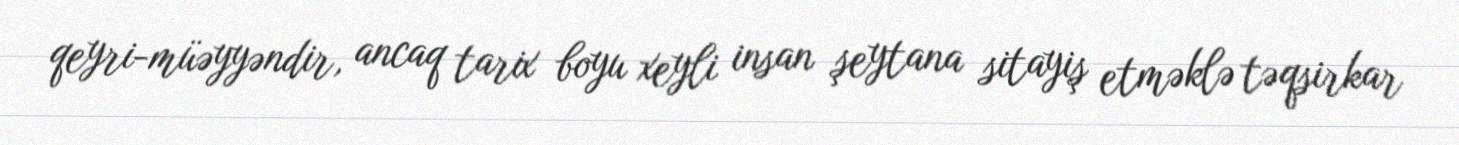
qeyri-müəyyəndir, ancaq tarix boyu xeyli insan şeytana sitayiş etməklə təqsirkar